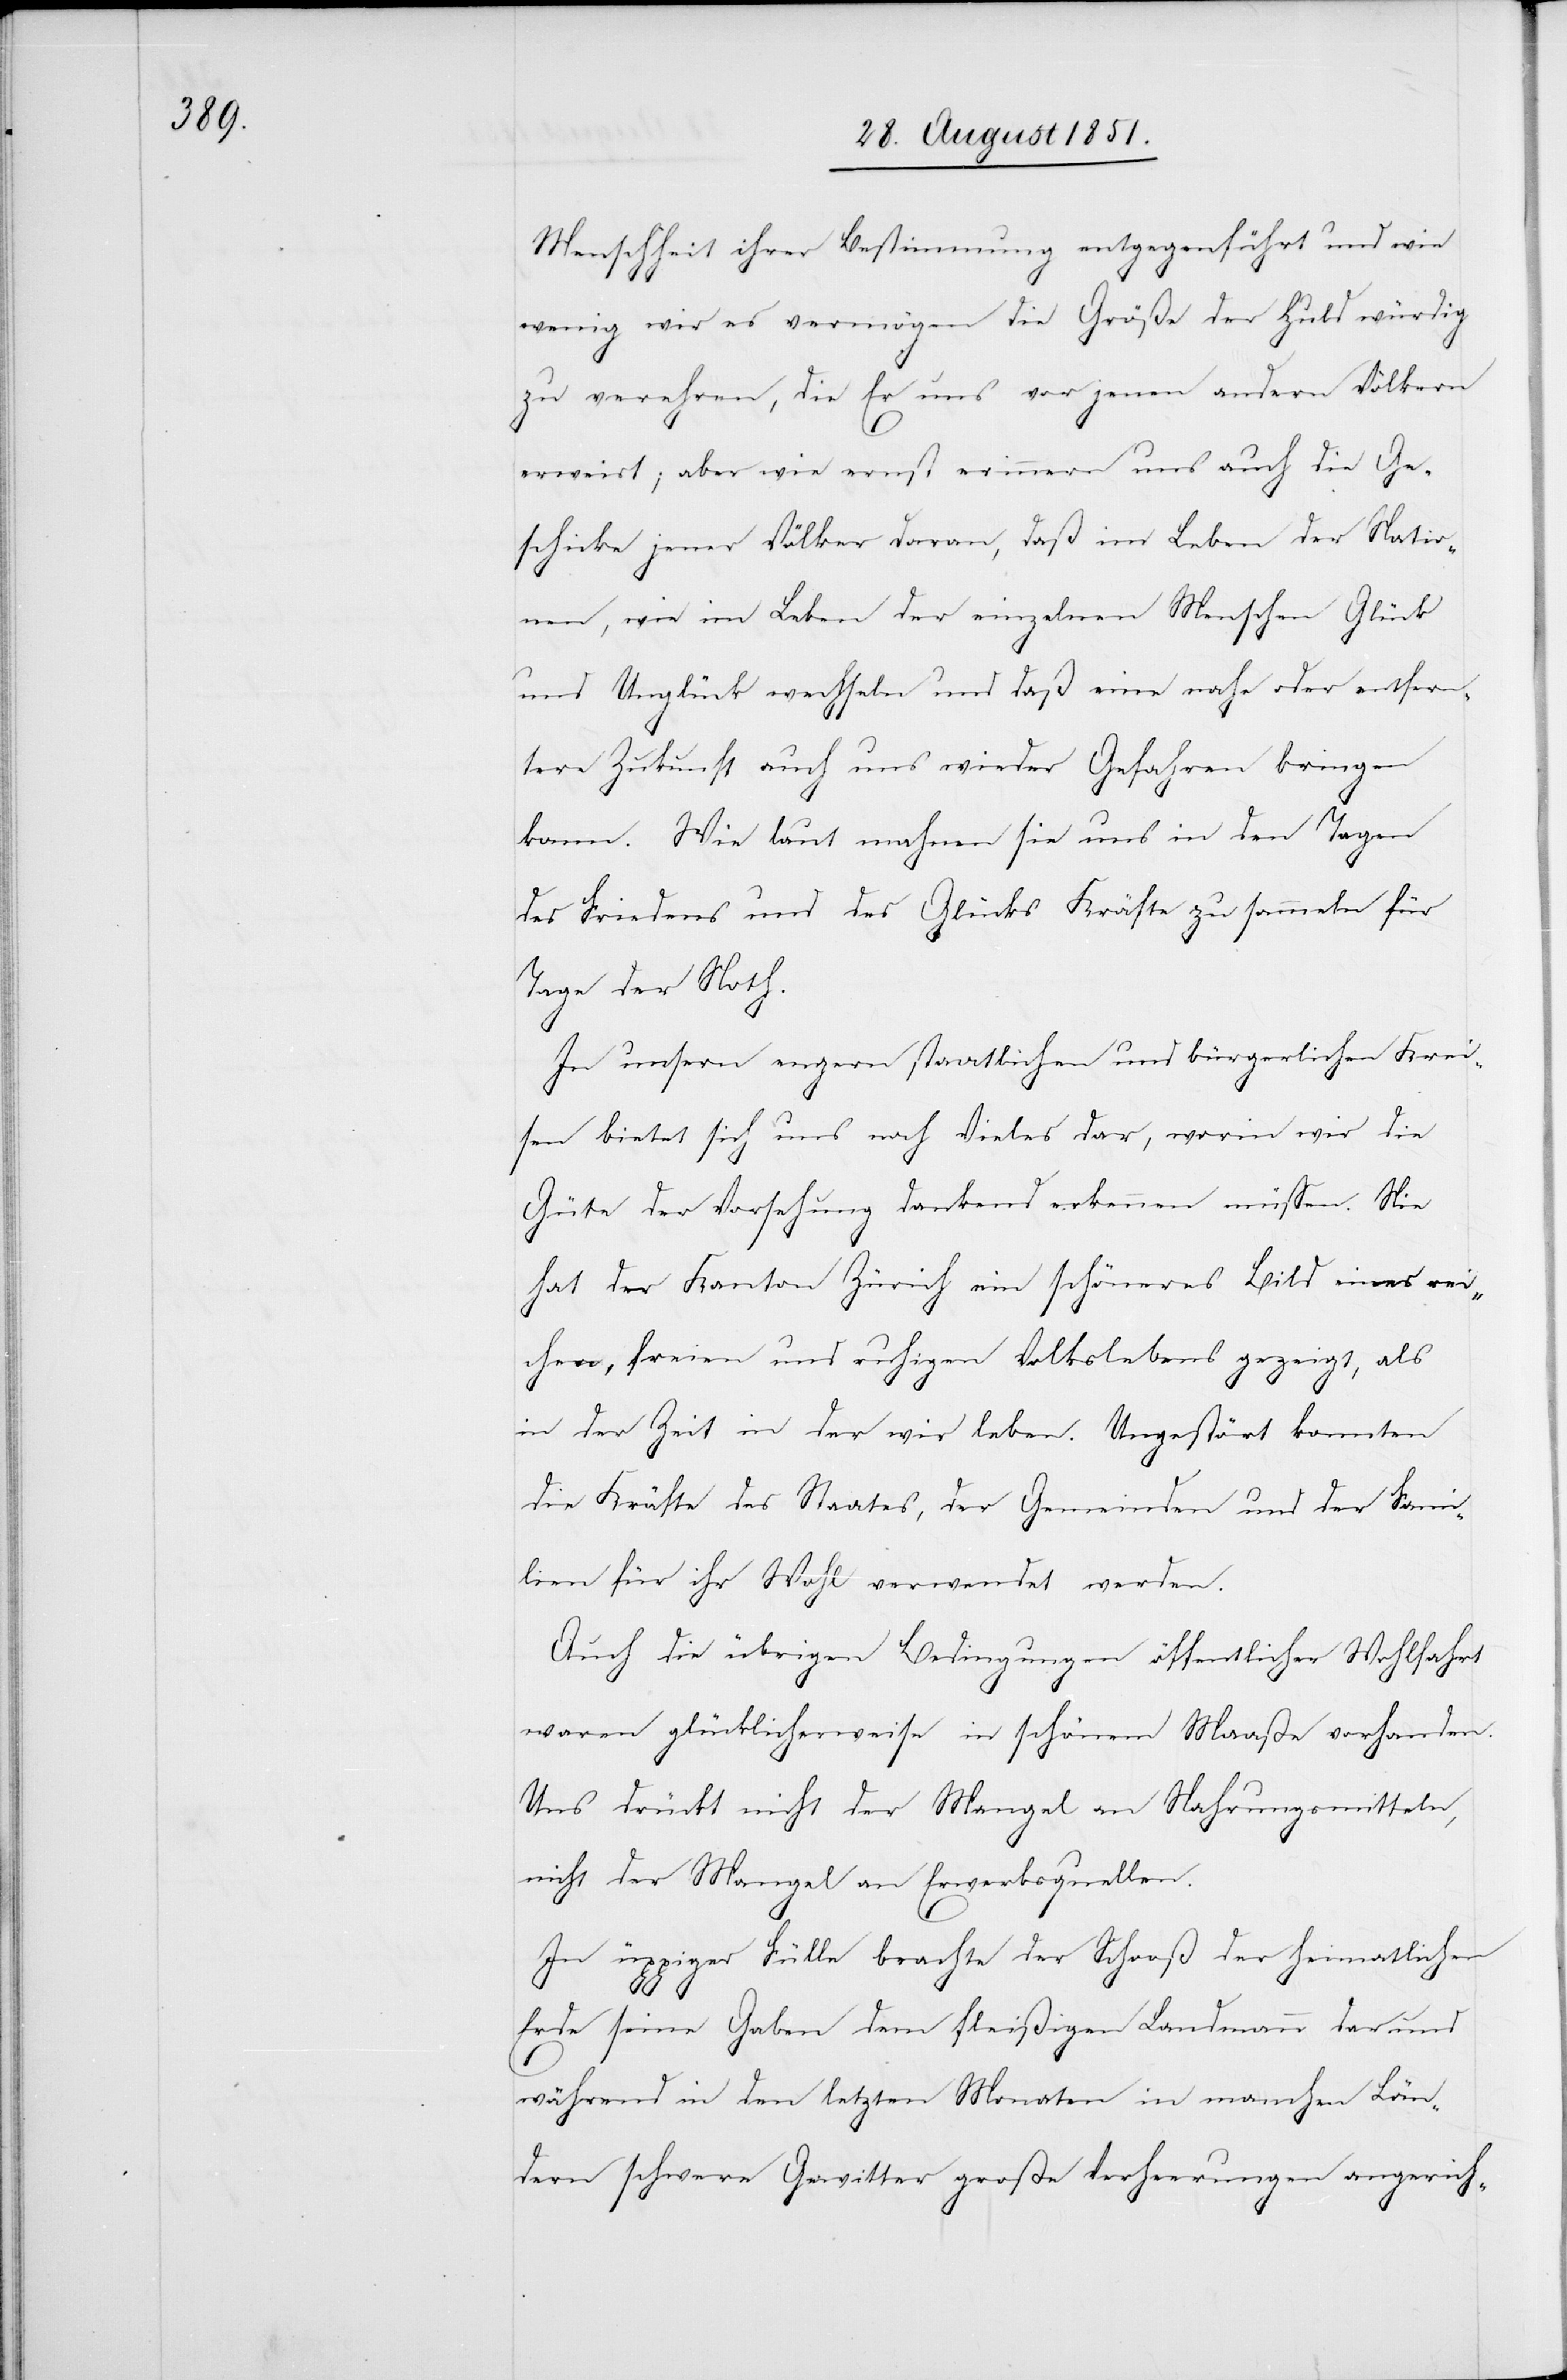
Menschheit ihrer Bestimmung entgegenführt und wie
wenig wir es vermögen die Größe der Huld würdig
zu verehren, die Er uns vor jenen andern Völkern
erweist; aber wie ernst erinnern uns auch die Ge¬
schicke jener Völker daran, daß im Leben der Natio¬
nen, wie im Leben der einzelnen Menschen Glück
und Unglück wechseln und daß eine nahe oder entfern¬
tere Zukunft auch uns wieder Gefahren bringen
kann. Wie laut mahnen sie uns in den Tagen
des Friedens und des Glücks Kräfte zu sammeln für
Tage der Noth.
In unsern engern staatlichen und bürgerlichen Krei¬
sen bietet sich uns noch Vieles dar, worin wir die
Güte der Vorsehung dankend erkennen müssen. Nie
hat der Kanton Zürich ein schöneres Bild eines rei¬
chen, freien und ruhigen Volkslebens gezeigt, als
in der Zeit in der wir leben. Ungestört konnten
die Kräfte des Staates, der Gemeinden und der Fami¬
lien für ihr Wohl verwendet werden.
Auch die übrigen Bedingungen öffentlicher Wohlfahrt
waren glücklicherweise in schönem Maaße vorhanden.
Uns drückt nicht der Mangel an Nahrungsmitteln,
nicht der Mangel an Erwerbsquellen.
In üppiger Fülle brachte der Schooß der heimatlichen
Erde seine Gaben dem fleißigen Landmann dar und
während in den letzten Monaten in manchen Län¬
dern schwere Gewitter große Verheerungen angerich-